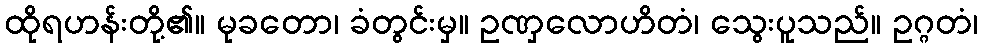
ထိုရဟန်းတို့၏။ မုခတော၊ ခံတွင်းမှ။ ဥဏှလောဟိတံ၊ သွေးပူသည်။ ဥဂ္ဂတံ၊